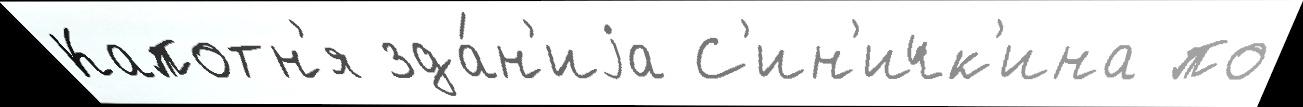
Капотн'я зда́н'иjа С'ин'ичк'ина по